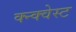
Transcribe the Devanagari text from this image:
क्न्क्वेस्ट